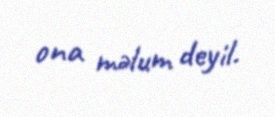
ona məlum deyil.